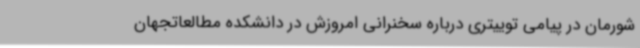
شورمان در پیامی توییتری درباره سخنرانی امروزش در دانشکده مطالعاتجهان